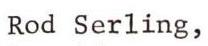
Rod Serling,